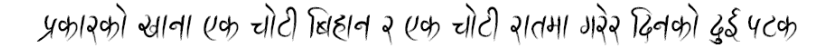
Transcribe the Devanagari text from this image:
प्रकासको खाना (एक चोटी बिहान र एक चोटी रातामा गरेर दिनको दुई पटक)